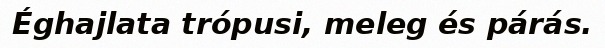
Éghajlata trópusi, meleg és párás.